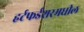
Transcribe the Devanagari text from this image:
हर्टफर्डशरमधील